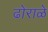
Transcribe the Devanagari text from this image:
ढोराळे